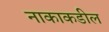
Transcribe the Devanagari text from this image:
नाकाकडील